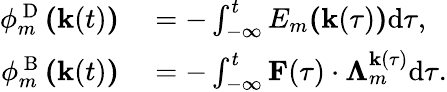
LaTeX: \begin{array}{rl}{\phi_{m}^{\mathrm{~D~}}\textbf{(}\textbf{k}(t)\textbf{)}}&{{}=-\int_{-\infty}^{t}E_{m}\textbf{(}\textbf{k}(\tau)\textbf{)}\mathrm{d}\tau,}\\ {\phi_{m}^{\mathrm{~B~}}\textbf{(}\textbf{k}(t)\textbf{)}}&{{}=-\int_{-\infty}^{t}\textbf{F}(\tau)\cdot\mathbf{\Lambda}_{m}^{\textbf{k}(\tau)}\mathrm{d}\tau.}\end{array}